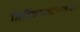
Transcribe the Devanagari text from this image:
निर्विचारधाराकरण